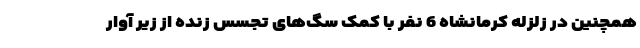
همچنین در زلزله کرمانشاه 6 نفر با کمک سگ‌های تجسس زنده از زیر آوار